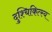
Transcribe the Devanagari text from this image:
दुश्चिकित्स्य